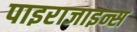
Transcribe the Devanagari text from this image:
पाइराजाइन्स